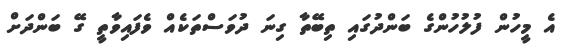
އެ މީހުން ފުލުހުންގެ ބަންދުގައި ތިބޭތާ ގިނަ ދުވަސްތަކެއް ވެފައިވާތީ ގޭ ބަންދަށް